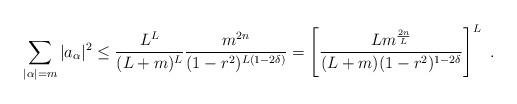
LaTeX: \begin{align*} \sum_{|\alpha|=m}|a_{\alpha}|^2 \leq \frac{L^L }{(L+m)^{L}} \frac{m^{2n}}{(1-r^2)^{L(1-2\delta)}}= \left[\frac{L m^{\frac {2n}L}}{(L+m) (1-r^2)^{1-2\delta}}\right]^L\ .\end{align*}